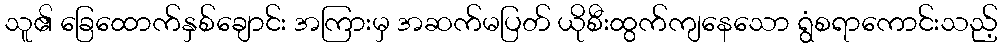
သူ၏ ခြေထောက်နှစ်ချောင်း အကြားမှ အဆက်မပြတ် ယိုစီးထွက်ကျနေသော ရွံစရာကောင်းသည့်